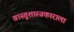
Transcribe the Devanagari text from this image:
वास्तूशास्त्रकाराला